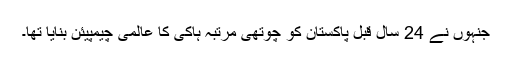
جنہوں نے 24 سال قبل پاکستان کو چوتھی مرتبہ ہاکی کا عالمی چیمپیئن بنایا تھا۔